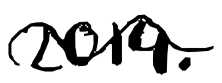
Text: 2014.
Cross-out: wave
Writing tool: digital_black